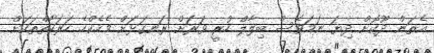
އެތަން ދޫކޮށް ދިޔަ ނަމަވެސް ބިލާލް ހުރީ ވަރަށް ރަނގަޅަށް މެހެކްހެ ހަރަކާތްތަކަށް